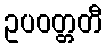
ဥပဝတ္တတီ